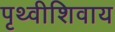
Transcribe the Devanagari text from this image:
पृथ्वीशिवाय